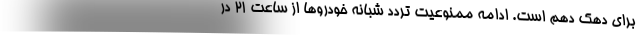
برای دهک دهم است. ادامه ممنوعیت تردد شبانه خودرو‌ها از ساعت ۲۱ در